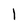
Character: l